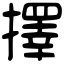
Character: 擇